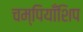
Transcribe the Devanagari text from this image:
चम्पियाँशिप